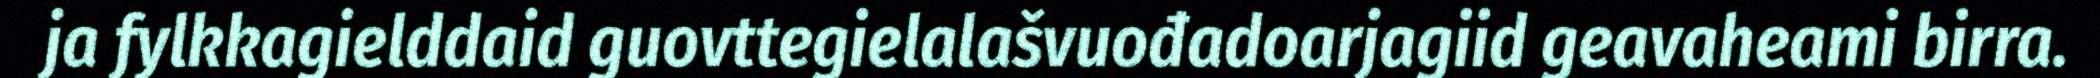
ja fylkkagielddaid guovttegielalašvuođadoarjagiid geavaheami birra.